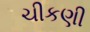
ચીકણી